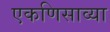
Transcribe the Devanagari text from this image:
एकणिसाव्या